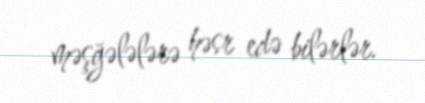
məşğələlərə həsr edə bilərlər.